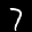
Label: 7